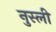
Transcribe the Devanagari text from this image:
नुस्ली